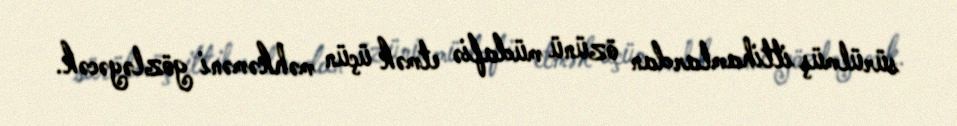
sürülmüş ittihamlardan özünü müdafiə etmək üçün məhkəməni gözləyəcək.